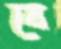
বে